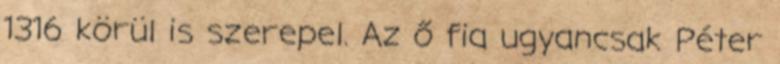
1316 körül is szerepel. Az ő fia ugyancsak Péter